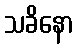
သခိနော